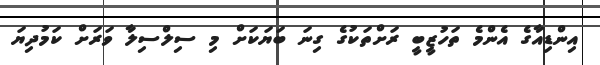
އިންޑިއާގެ އެންމެ ތަހުޒީބީ ރަށްތަކުގެ ގިނަ ބަޔަކަށް މި ސިލްސިލާ ވަރަށް ކަމުދިޔަ